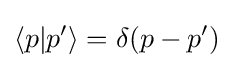
\langle p|p'\rangle =\delta (p-p')